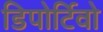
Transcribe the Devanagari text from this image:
डिपोर्टिवो